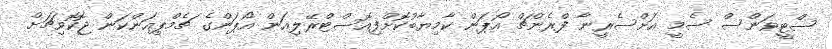
ސްޓީވަންސް ސެމީ އަށްސެރީނާ ފްރެންޗް އޯޕަން ކާމިޔާބުކޮށްފިއޮސްޓްރޭލިއަން އޯޕަންގެ ޗެމްޕިއަންކަން ޖޮކޮވިޗަށް